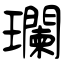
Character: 瓓